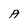
Character: A